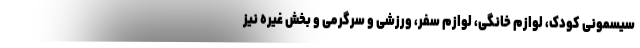
سیسمونی کودک، لوازم خانگی، لوازم سفر، ورزشی و سرگرمی و بخش غیره نیز